画像に写った文字を読んでください
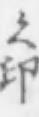
「え印」と書いてあります